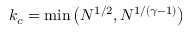
k _ { c } = \mathrm { m i n } \left( N ^ { 1 / 2 } , N ^ { 1 / ( \gamma - 1 ) } \right)